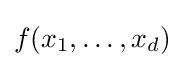
f(x_{1},\ldots ,x_{d})\